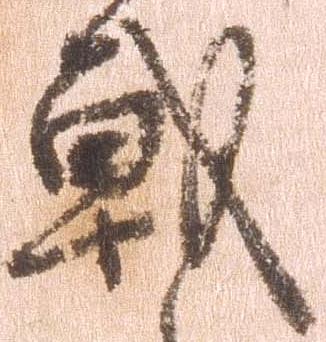
戦